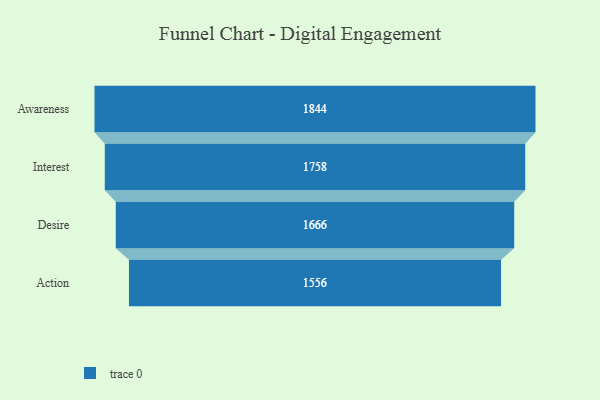
{"axis": {"x": "Stage", "y": "Value"}, "legend": [""], "data": [{"x": "Awareness", "y": 1844.0, "type": ""}, {"x": "Interest", "y": 1758.0, "type": ""}, {"x": "Desire", "y": 1666.0, "type": ""}, {"x": "Action", "y": 1556.0, "type": ""}]}